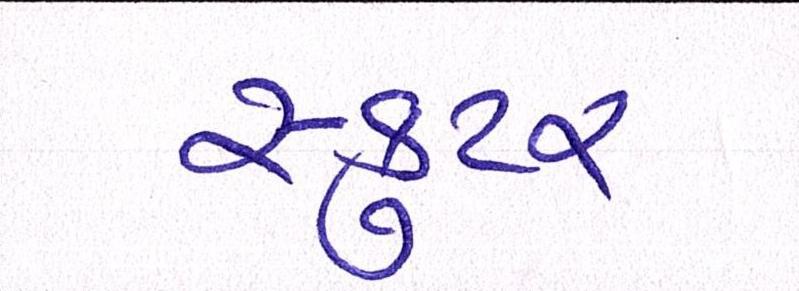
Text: સ્કુટર